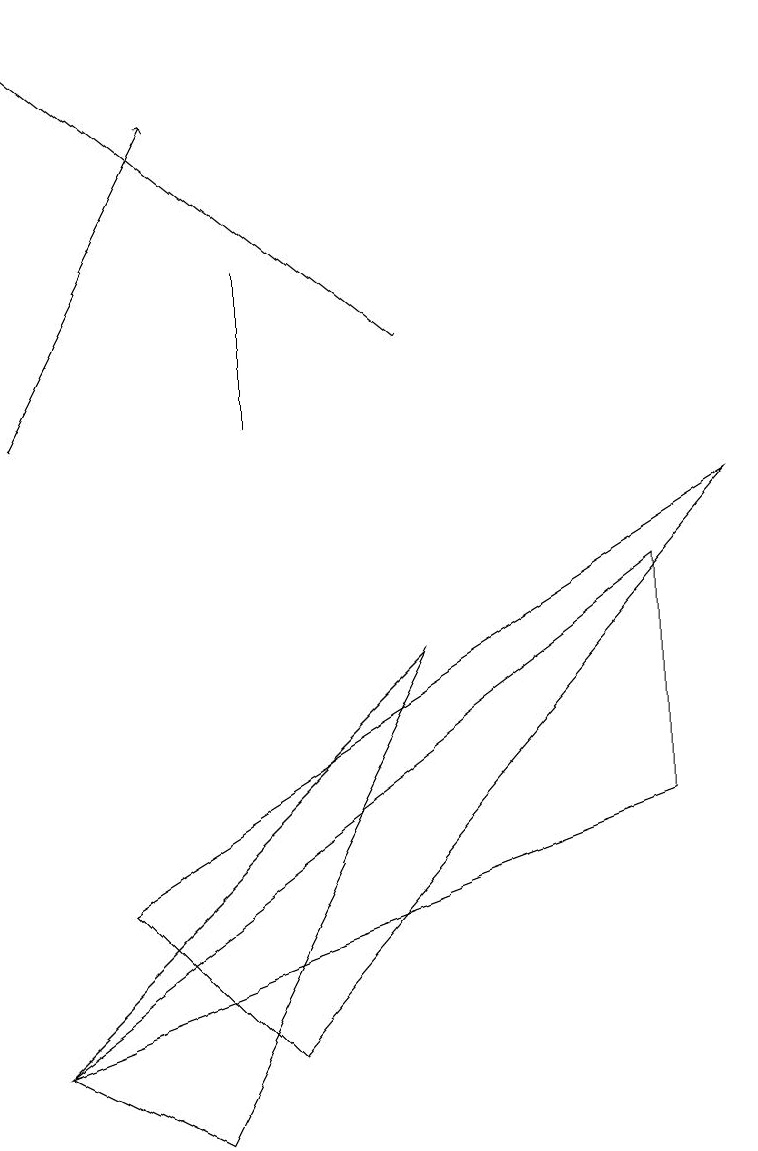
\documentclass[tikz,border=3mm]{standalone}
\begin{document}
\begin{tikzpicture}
\draw[->] (5,11) -- (0,15);
\draw (3,10) rectangle (3,12);
\draw (0,2) -- (8,5) -- (8,8) -- cycle;
\draw (9,9) -- (3,2) -- (1,4) -- cycle;
\draw[->] (0,10) -- (2,14);
\draw (2,1) -- (0,2) -- (5,7) -- cycle;
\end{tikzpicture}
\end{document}